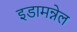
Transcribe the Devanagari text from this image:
इडामन्नेल